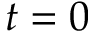
t = 0